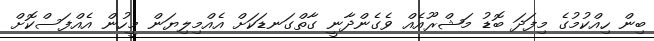
ބިން ހިއްކުމުގެ މިފަދަ ބޮޑު މަޝްރޫއެއް ވެގެންދާނީ ގާތްގަނޑަކަށް އެއްމިލިޔަން މީހުން އެއްފަސްކޮށް